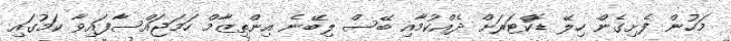
މަހުން ފެށިގެން ހިލޭ ޑޮކްޓަރަށް ދެއްކުމާއި ބޭސް ލިބޭނެ އިންތިޒާމް ހަމަޖައްސާފައިވާ ކަމުގައި